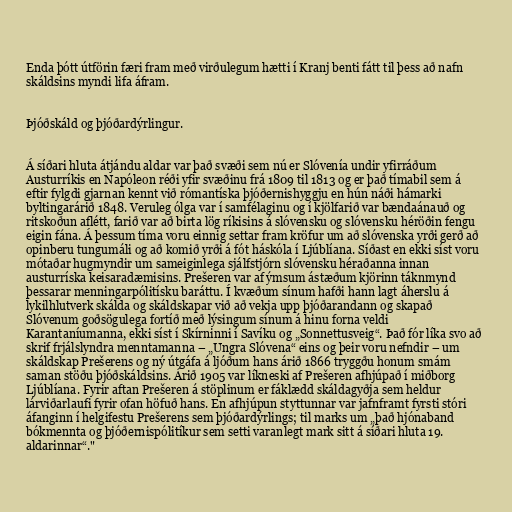
Enda þótt útförin færi fram með virðulegum hætti í Kranj benti fátt til þess að nafn
skáldsins myndi lifa áfram.

Þjóðskáld og þjóðardýrlingur.

Á síðari hluta átjándu aldar var það svæði sem nú er Slóvenía undir yfirráðum
Austurríkis en Napóleon réði yfir svæðinu frá 1809 til 1813 og er það tímabil sem á
eftir fylgdi gjarnan kennt við rómantíska þjóðernishyggju en hún náði hámarki
byltingarárið 1848. Veruleg ólga var í samfélaginu og í kjölfarið var bændaánauð og
ritskoðun aflétt, farið var að birta lög ríkisins á slóvensku og slóvensku héröðin fengu
eigin fána. Á þessum tíma voru einnig settar fram kröfur um að slóvenska yrði gerð að
opinberu tungumáli og að komið yrði á fót háskóla í Ljúblíana. Síðast en ekki síst voru
mótaðar hugmyndir um sameiginlega sjálfstjórn slóvensku héraðanna innan
austurríska keisaradæmisins. Prešeren var af ýmsum ástæðum kjörinn táknmynd
þessarar menningarpólitísku baráttu. Í kvæðum sínum hafði hann lagt áherslu á
lykilhlutverk skálda og skáldskapar við að vekja upp þjóðarandann og skapað
Slóvenum goðsögulega fortíð með lýsingum sínum á hinu forna veldi
Karantaníumanna, ekki síst í Skírninni í Savíku og „Sonnettusveig“. Það fór líka svo að
skrif frjálslyndra menntamanna – „Ungra Slóvena“ eins og þeir voru nefndir – um
skáldskap Prešerens og ný útgáfa á ljóðum hans árið 1866 tryggðu honum smám
saman stöðu þjóðskáldsins. Árið 1905 var líkneski af Prešeren afhjúpað í miðborg
Ljúblíana. Fyrir aftan Prešeren á stöplinum er fáklædd skáldagyðja sem heldur
lárviðarlaufi fyrir ofan höfuð hans. En afhjúpun styttunnar var jafnframt fyrsti stóri
áfanginn í helgifestu Prešerens sem þjóðardýrlings; til marks um „það hjónaband
bókmennta og þjóðernispólitíkur sem setti varanlegt mark sitt á síðari hluta 19.
aldarinnar“."